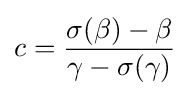
c={\frac {\sigma (\beta )-\beta }{\gamma -\sigma (\gamma )}}